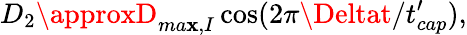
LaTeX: D_{2}\approxD_{ma\mathbf{x},I}\cos(2\pi\Deltat/t_{cap}^{\prime}),